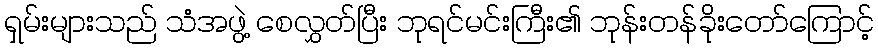
ရှမ်းများသည် သံအဖွဲ့ စေလွှတ်ပြီး ဘုရင်မင်းကြီး၏ ဘုန်းတန်ခိုးတော်ကြောင့်